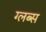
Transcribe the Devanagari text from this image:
ग्लब्स